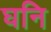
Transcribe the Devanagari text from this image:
घनि